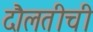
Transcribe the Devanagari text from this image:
दौलतीची